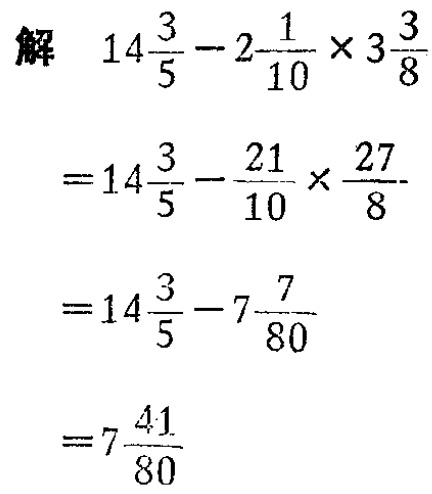
解

\[

\begin{align*}

&14\frac{3}{5}-2\frac{1}{10}\times3\frac{3}{8}\\

=&14\frac{3}{5}-\frac{21}{10}\times\frac{27}{8}\\

=&14\frac{3}{5}-7\frac{7}{80}\\

=&7\frac{41}{80}

\end{align*}

\]